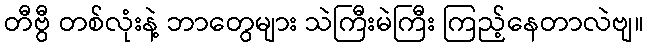
တီဗွီ တစ်လုံးနဲ့ ဘာတွေများ သဲကြီးမဲကြီး ကြည့်နေတာလဲဗျ။